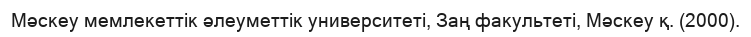
Мәскеу мемлекеттік әлеуметтік университеті, Заң факультеті, Мәскеу қ. (2000).